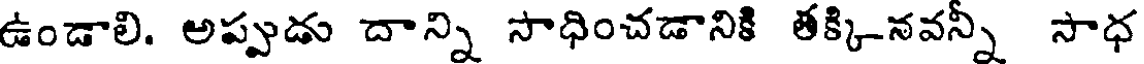
ఉండాలి. అప్పుడు దాన్ని సాధించడానికి తక్కినవన్ని సాధ